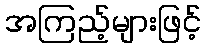
အကြည့်များဖြင့်